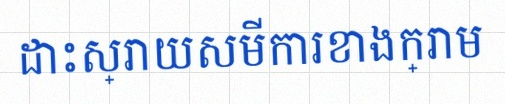
ដោះស្រាយសមីការខាងក្រោម